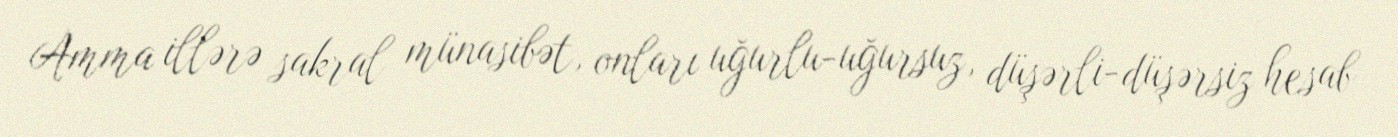
Amma illərə sakral münasibət, onları uğurlu-uğursuz, düşərli-düşərsiz hesab